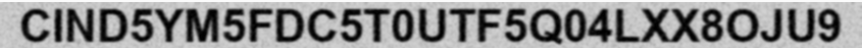
CIND5YM5FDC5T0UTF5Q04LXX8OJU9